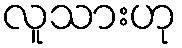
လူသားဟု